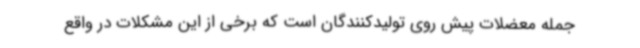
جمله معضلات پیش روی تولیدکنندگان است که برخی از این مشکلات در واقع